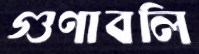
গুণাবলি